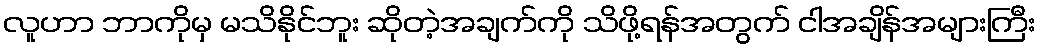
လူဟာ ဘာကိုမှ မသိနိုင်ဘူး ဆိုတဲ့အချက်ကို သိဖို့ရန်အတွက် ငါအချိန်အများကြီး